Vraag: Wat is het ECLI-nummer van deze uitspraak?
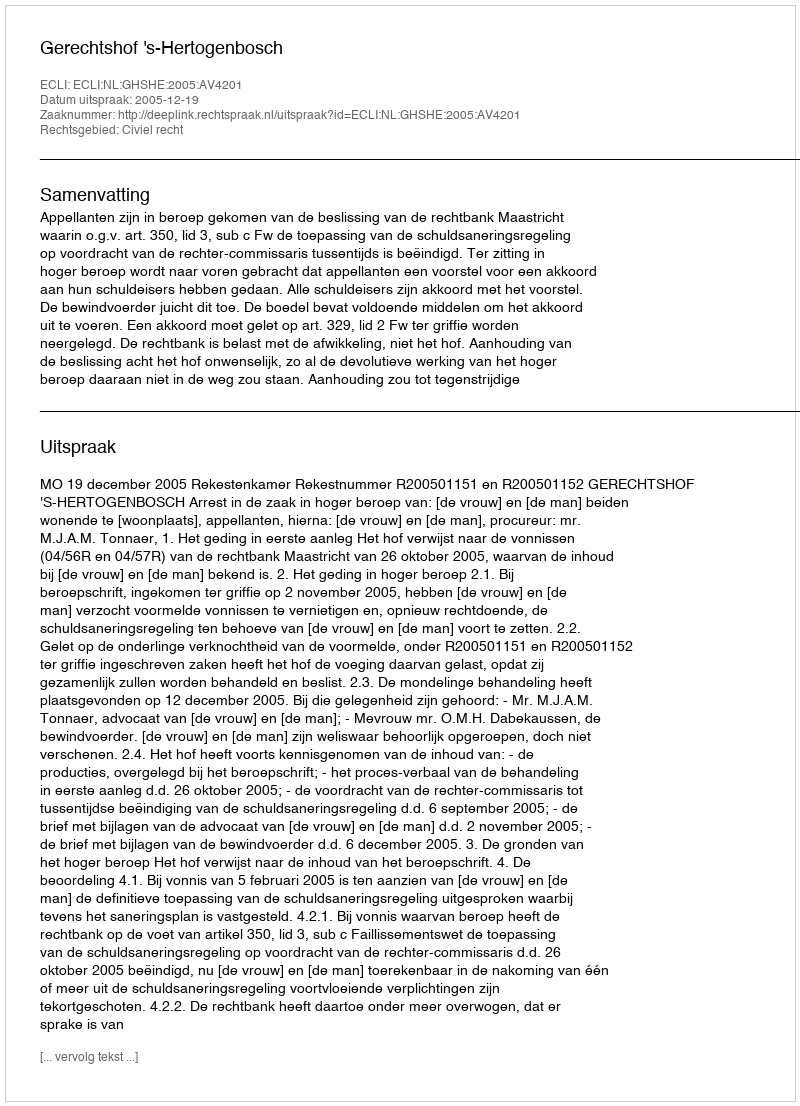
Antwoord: ECLI:NL:GHSHE:2005:AV4201